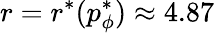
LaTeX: r=r^{*}(p_{\phi}^{*})\approx 4.87